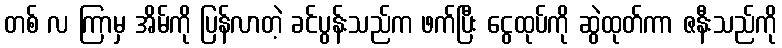
တစ် လ ကြာမှ အိမ်ကို ပြန်လာတဲ့ ခင်ပွန်းသည်က ဖက်ပြီး ငွေထုပ်ကို ဆွဲထုတ်ကာ ဇနီးသည်ကို